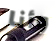
وأنا